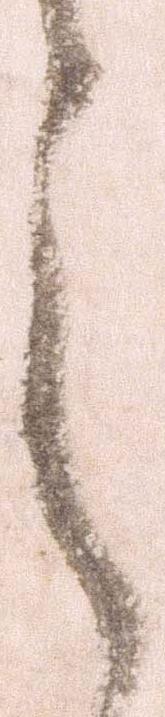
之